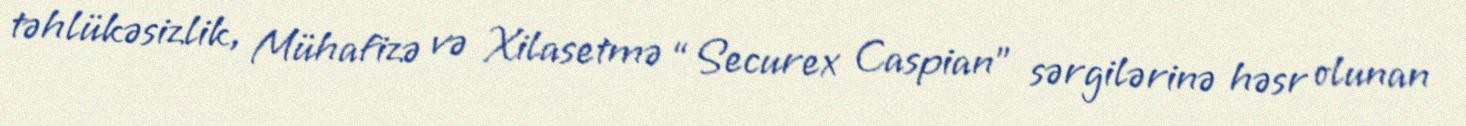
təhlükəsizlik, Mühafizə və Xilasetmə “Securex Caspian” sərgilərinə həsr olunan